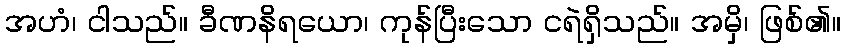
အဟံ၊ ငါသည်။ ခီဏနိရယော၊ ကုန်ပြီးသော ငရဲရှိသည်။ အမှိ၊ ဖြစ်၏။